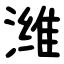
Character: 潍